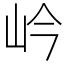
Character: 岒